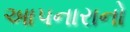
આપનારાનો